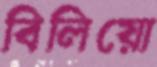
বিলিয়ো